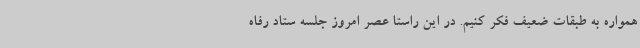
همواره به طبقات ضعیف فکر کنیم. در این راستا عصر امروز جلسه ستاد رفاه